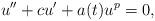
LaTeX: \begin{align*}u'' + cu' + a(t) u^{p} = 0,\end{align*}